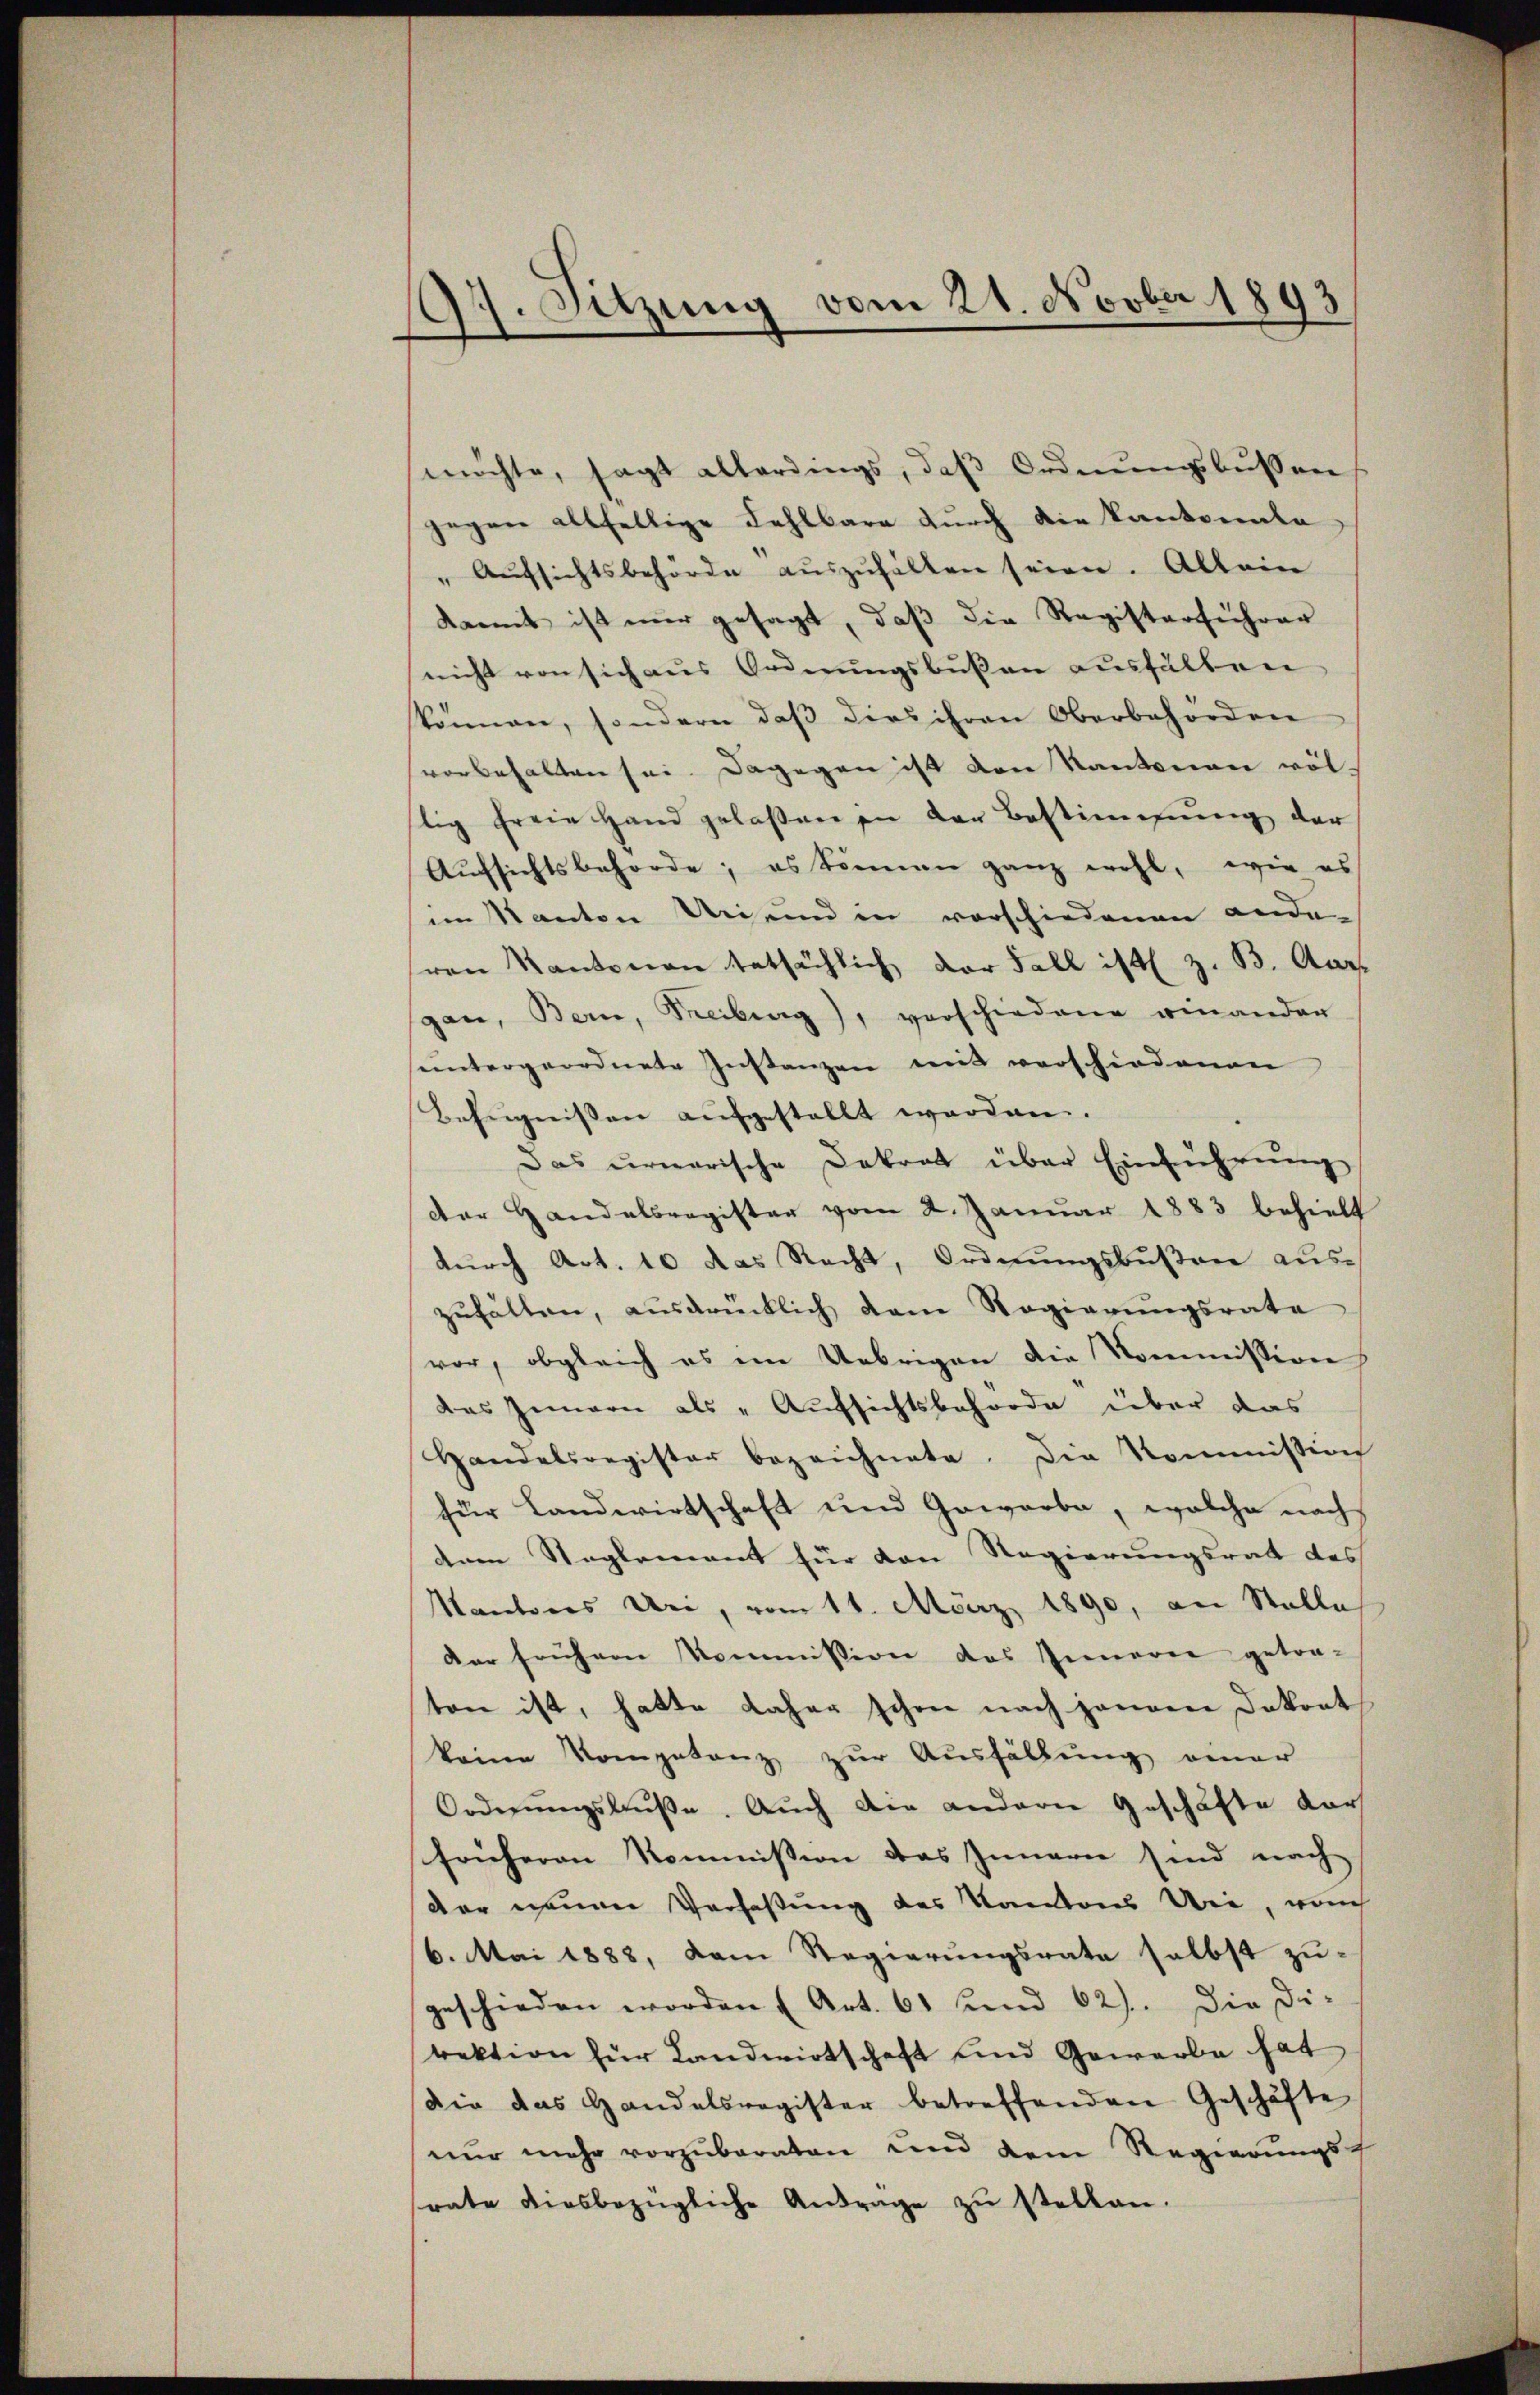
97. Sitzung vom 21. Novber 1893

möchte, sagt allerdings, daβ Ordnŭngsbussen
gegen allfällige Fehlbare durch die Kantonale
"Aŭfsichtsbehörde aŭszŭhalten seien. Allein
damit ist nur gesagt, daß die Registerführer
nicht von sich aus Ordnungsbußen ausfällen
können, sondern daβ dies ihren Oberbehörden
svorbehalten sei. Dagegen ist den Kantonen völ-
lig freie Hand gelaßen in der Bestimmung der
Aŭfsichtsbehörde; es können ganz wohl, wie es
im Kanton Uri und in vorschiedenen ande
ren Kantonen tatsächlich der Fall ist z. B. Aar
gan, Bern, Freiburg), verschiedene einander
heintergeordnete Instanzen mit verschiedenen
Befugnissen aufgestellt worden.
Das urnarische Dekret über Einführung
Der Handelsregister vom 2. Januar 1883 behielt
durch Art. 10 das Recht, Ordnungsbußen aus-
zuhalten, ausdrücklich dem Regierungsrate
vor, obgleich es im Uebrigen die Kommission
das Innern als „Aufsichtsbehörde über das
Handelsregister bezeichnete. Die Kommission
für Landwirtschaft und Gewerbe, welche nach
dem Reglement für den Regierungsrat des
Kantons Uri, vom 11. März 1890, an Stelle
der frühern Kommission des Inneren getra-
ten ist, hatte daher schon nach jenen Dokont
keine Kompetenz zur Ausfällŭng einer
Ordnŭngsbŭβe. Auch die andern Geschäfte dar
früheren Kommission das Innern sind nach
der neuen Verfaßung des Kantons Uri, nach
6. Mai 1888, dem Regierungsrate selbst zugeschieden worden (Art. 61 und 62). Die Di-
rektion für Landwirtschaft und Gewerbe hat
Die das Handelsregister betreffenden Geschäfte
nur mehr vorzuberaten und dem Regierungs-
rate diesbezügliche Antrage zŭ stellen.